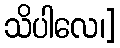
သိပါလေ၊]